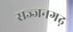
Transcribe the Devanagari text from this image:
सज्‍जनगढ़